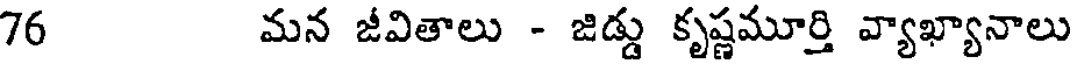
76 మన జీవితాలు - జిడ్డు కృష్ణమూర్తి వ్యాఖ్యానాలు